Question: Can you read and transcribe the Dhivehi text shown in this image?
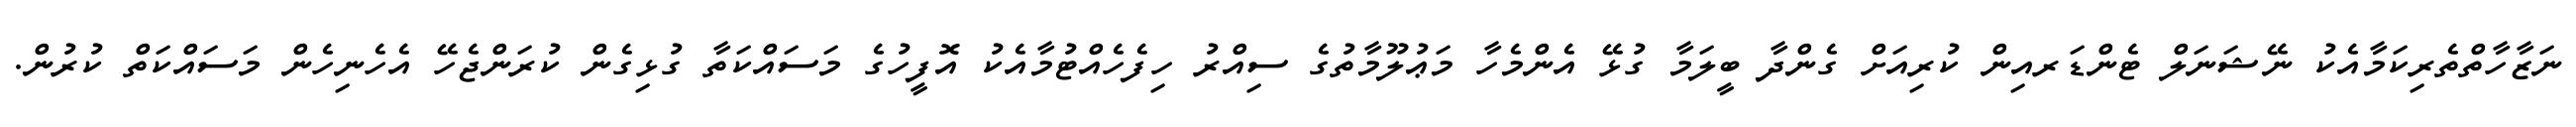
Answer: ނަޒާހާތްތެރިކަމާއެކު ނޭޝަނަލް ޓެންޑަރއިން ކުރިއަށް ގެންދާ ބީލަމާ ގުޅޭ އެންމެހާ މަޢުލޫމާތުގެ ސިއްރު ހިފެހެއްޓުމާއެކު އޮފީހުގެ މަސައްކަތާ ގުޅިގެން ކުރަންޖެހޭ އެހެނިހެން މަސައްކަތް ކުރުން.